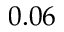
0 . 0 6